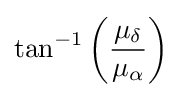
\tan ^{-1}\left({\frac {\mu _{\delta }}{\mu _{\alpha }}}\right)